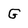
Character: G